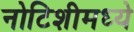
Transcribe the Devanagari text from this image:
नोटिशीमध्ये